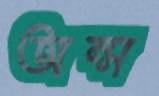
অন্স